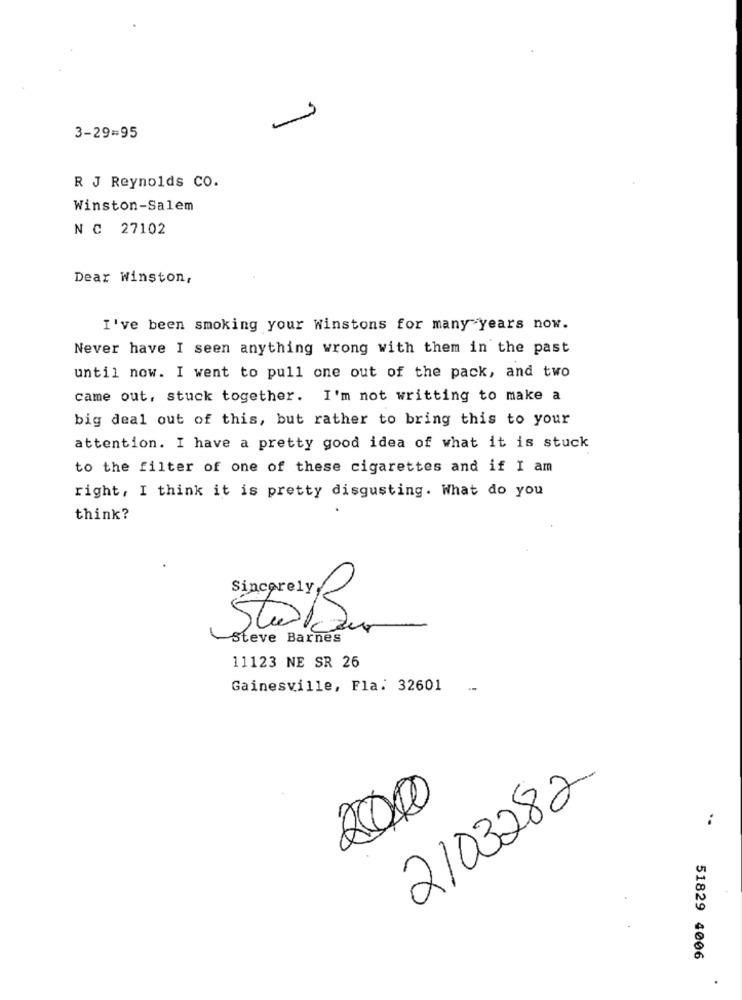
-
3-29=95
R J Reynolds CO.
Winston-Salem
N C 27102
Dear Winston,
I've been smoking your Winstons for many years now.
Never have I seen anything wrong with them in the past
until now. I went to pull one out of the pack, and two
came out, stuck together. I'm not writting to make a
big deal out of this, but rather to bring this to your
attention. I have a pretty good idea of what it is stuck
to the filter of one of these cigarettes and if I am
right, I think it is pretty disgusting. What do you
think?
Sincerely,
Steve Barnes
11123 NE SR 26
Gainesville, Fla: 32601
2103282
2000
51829 4006